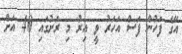
އޭގެ ފަހުން ފަސް އަހަރު ވީ އިރު މި ރަށުގައި 40 އަށް